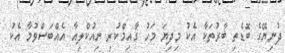
ދުނިޔޭގެ ބޮޑެތި ބާރުތަކާ އެކު މިދިޔަ މަހު ގާއިމްކުރި ނިއުކްލިއާ އެއްބަސްވުމާ އެކު